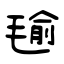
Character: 毺